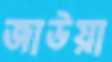
জাউয়া